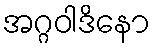
အဂ္ဂဝါဒိနော